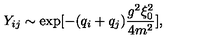
Y _ { i j } \sim \exp [ - ( q _ { i } + q _ { j } ) { \frac { g ^ { 2 } \xi _ { 0 } ^ { 2 } } { 4 m ^ { 2 } } } ] ,